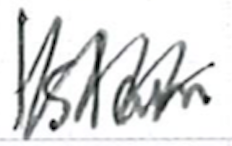
Text: Islam
Cross-out: zig-zag
Writing tool: ballpoint